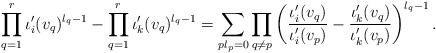
\begin{align*} \prod_{q=1}^r \iota'_i(v_q)^{l_q-1}-\prod_{q=1}^r \iota'_k(v_q)^{l_q-1}=\sum_{p l_p=0}\prod_{q \neq p}\left(\frac{\iota'_i(v_q)}{\iota'_i(v_p)}-\frac{\iota'_k(v_q)}{\iota'_k(v_p)}\right)^{l_q-1}.\end{align*}